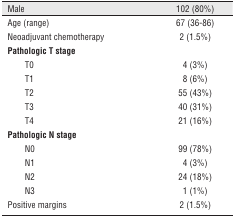
| Male | 102 (80%) |
 | --- | --- |
 | Age (range) | 67 (36-86) |
 | Neoadjuvant chemotherapy | 2 (1.5%) |
 | Pathologic T stage |  |
 | T0 | 4 (3%) |
 | T1 | 8 (6%) |
 | T2 | 55 (43%) |
 | T3 | 40 (31%) |
 | T4 | 21 (16%) |
 | Pathologic N stage |  |
 | N0 | 99 (78%) |
 | N1 | 4 (3%) |
 | N2 | 24 (18%) |
 | N3 | 1 (1%) |
 | Positive margins | 2 (1.5%) |